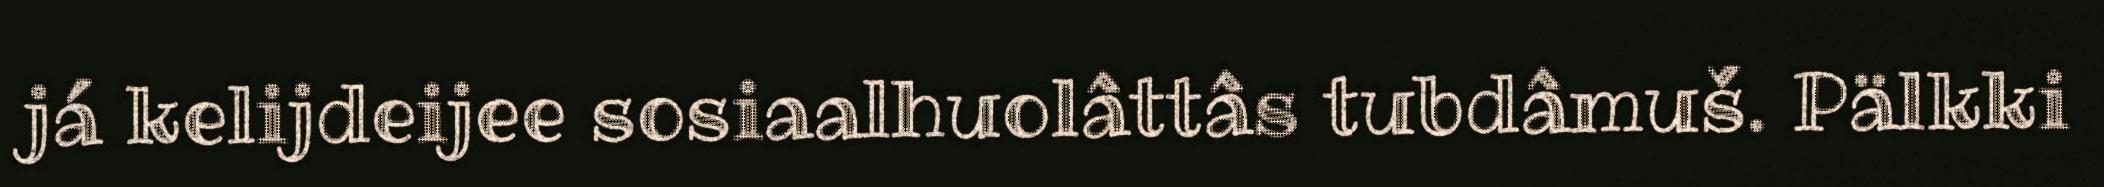
já kelijdeijee sosiaalhuolâttâs tubdâmuš. Pälkki